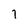
Character: 1